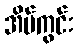
အိမ်ကွင်း